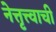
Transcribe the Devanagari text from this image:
नेत्तृत्त्वाची